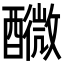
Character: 𨣟